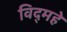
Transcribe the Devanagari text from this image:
विद्‌महे